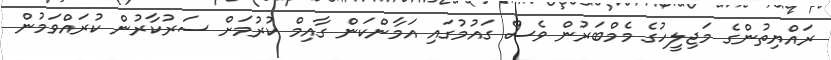
ރައްޔިތުންގެ މަޖިލީހުގެ މެމްބަރުން ވެސް ގައުމުގައި އަމާންކަން ގާއިމް ކުރުމަށް ސަރުކާރުން ކުރައްވަމުން